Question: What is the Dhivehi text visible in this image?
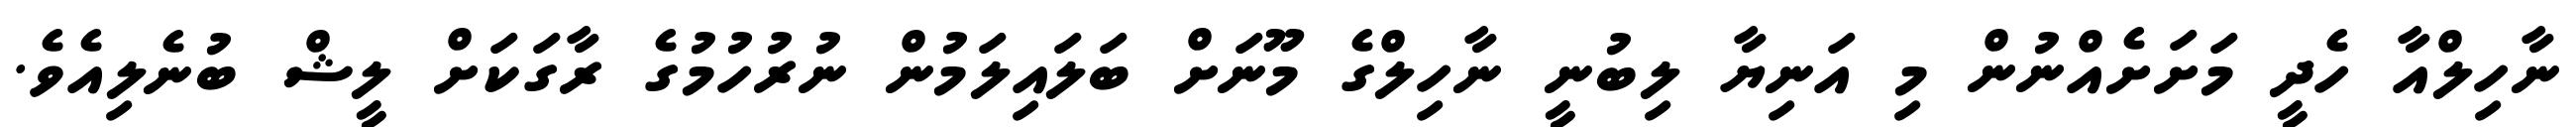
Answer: ނާހިލްއާ ހެދީ މަށަށެއްނުން މި އަނިޔާ ލިބުނީ ނާހިލްގެ މޫނަށް ބަލައިލަމުން ނުރުހުމުގެ ރާގަކަށް ލީޝް ބުނެލިއެވެ.